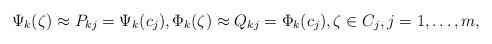
LaTeX: \begin{align*}\Psi_k(\zeta) \approx P_{kj}= \Psi_k(c_j), \Phi_k(\zeta) \approx Q_{kj}=\Phi_k(c_j), \zeta \in C_j, j=1,\ldots,m,\end{align*}